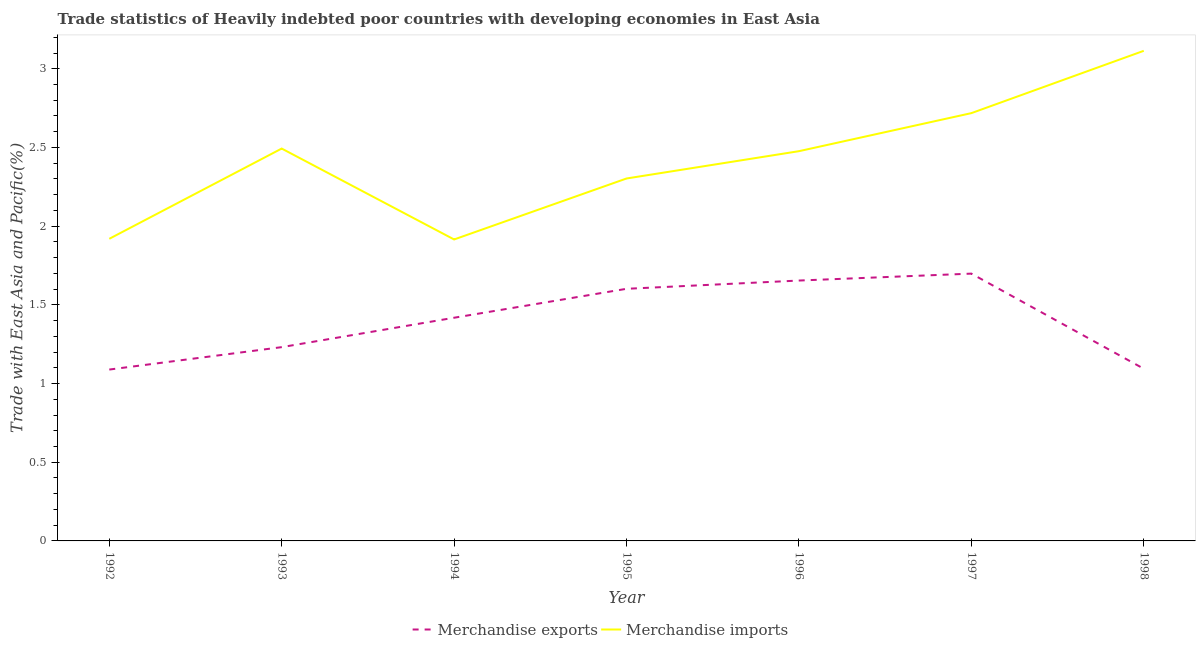
| Year | Merchandise exports | Merchandise imports |
 | --- | --- | --- |
 | 1992 | 1.09 | 1.92 |
 | 1993 | 1.23 | 2.49 |
 | 1994 | 1.42 | 1.92 |
 | 1995 | 1.6 | 2.3 |
 | 1996 | 1.65 | 2.48 |
 | 1997 | 1.7 | 2.72 |
 | 1998 | 1.09 | 3.11 |